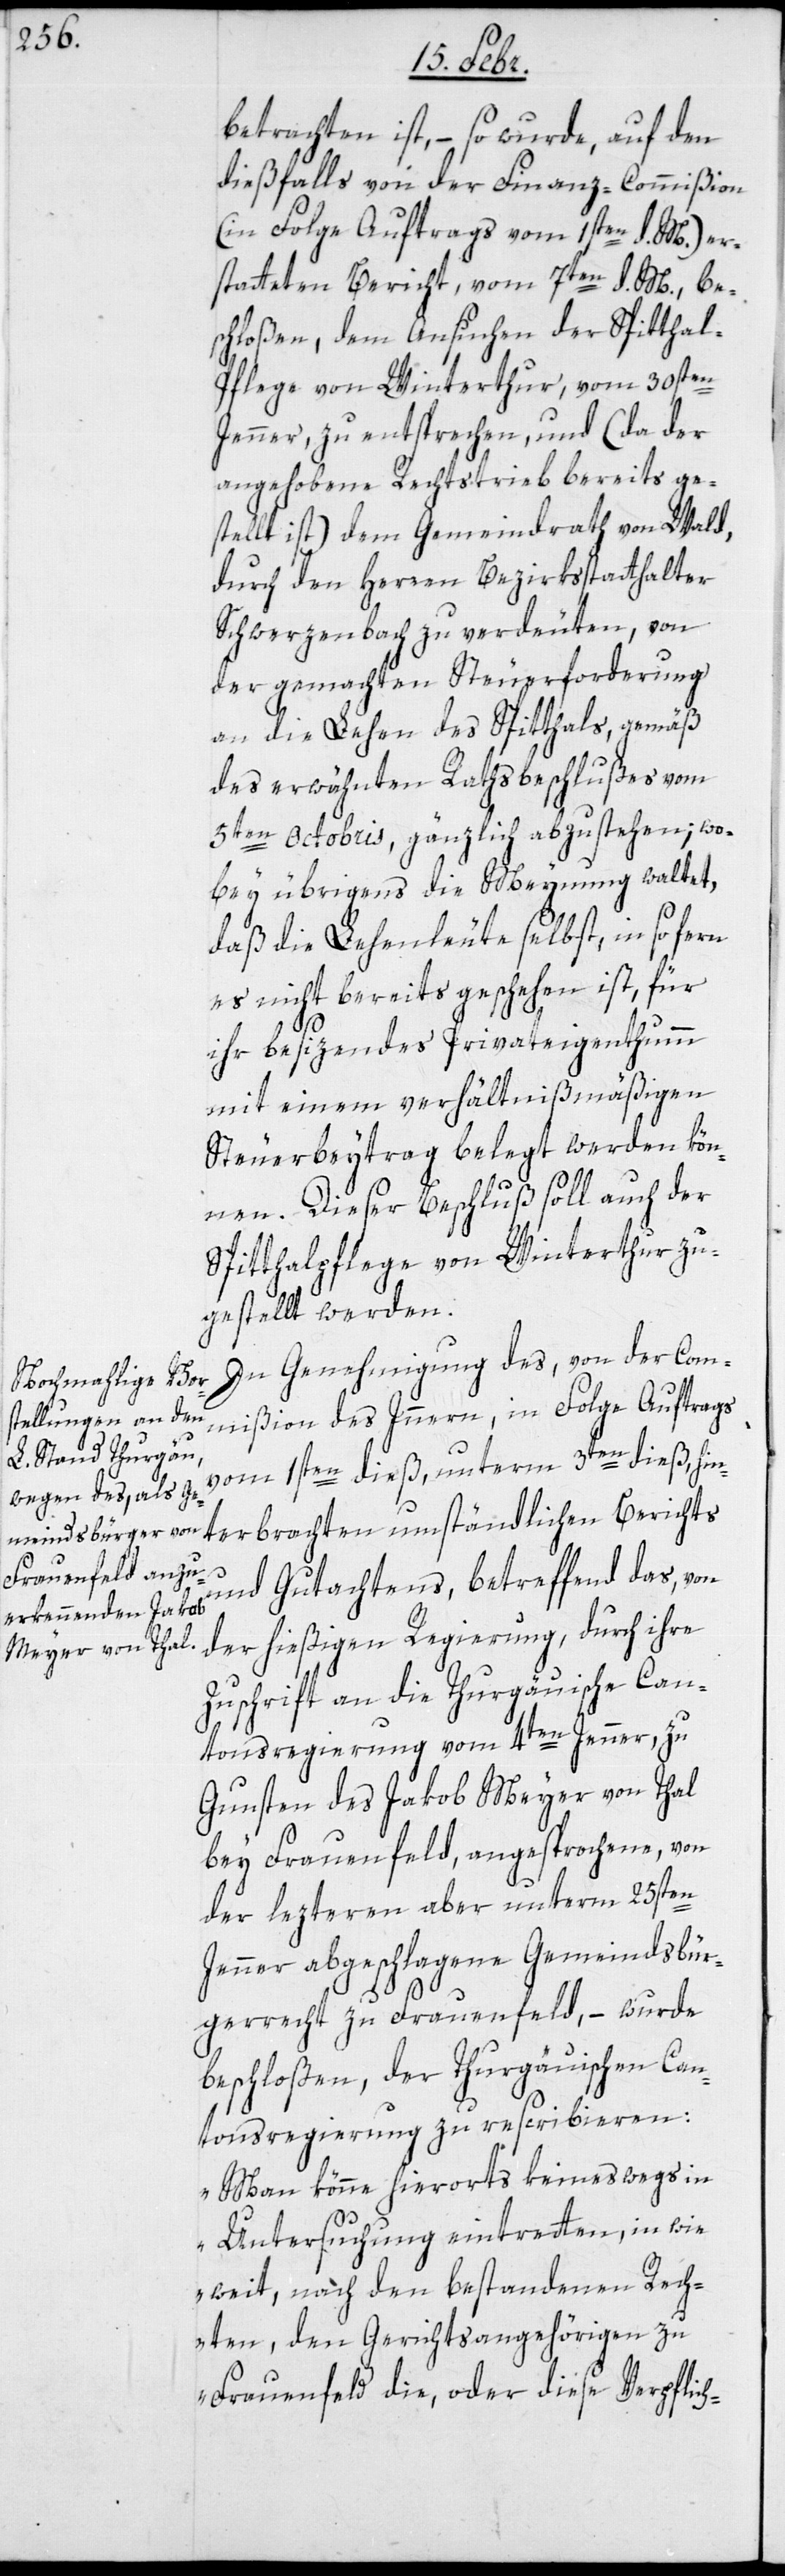
betrachten ist, – so wurde, auf den
dießfalls von der Finanz-Commißion
(in Folge Auftrags vom 1sten d. M.) er¬
statteten Bericht, vom 7ten d. M. be¬
schloßen, dem Ansuchen der Spitthal-P¬
flege von Winterthur, vom 30sten
Jenner, zu entsprechen, und (da der
angehobene Rechtstrieb bereits ge¬
stellt ist) dem Gemeindrath von Wald,
durch den Herren Bezirksstatthalter
Schwerzenbach zu verdeuten, von
der gemachten Steuerforderung
an die Lehen des Spitthals, gemäß
des erwähnten Rathsbeschlußes vom
5ten Octobris, gänzlich abzustehen; wo¬
bey übrigens die Meynung waltet,
daß die Lehenleute selbst, insofern
es nicht bereits geschehen ist, für
ihr besizendes Privateigenthumm
mit einem verhältnismäßigen
Steuerbeytrag belegt werden kön¬
nen. Dieser Beschluß soll auch der
Spitthalpflege von Winterthur zu¬
gestellt werden.
In Genehmigung des, von der Com¬
mißion des Inneren, in Folge Auftrags
vom 1sten dieß, unterm 3ten dieß, hin¬
terbrachten umständlichen Berichts
und Gutachtens, betreffend das, von
der hießigen Regierung, durch ihre
Zuschrift an die Thurgäuische Can¬
tonsregierung vom 4ten Jenner, zu
Gunsten des Jakob Meyer von Thal
bey Frauenfeld, angesprochene, von
der lezteren aber unterm 25sten
Jenner abgeschlagene Gemeindsbür¬
gerrecht zu Frauenfeld, – wurde
beschloßen, der Thurgäuischen Can¬
tonsregierung zu rescribieren:
„Man könne hierorts keineswegs in
Untersuchung eintretten, in wie
weit, nach den bestandenen Rech¬
ten, den Gerichtsangehörigen zu
Frauenfeld die, oder diese Verpflich-